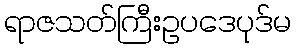
ရာဇသတ်ကြီးဥပဒေပုဒ်မ